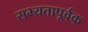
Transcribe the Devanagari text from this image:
सभ्यतापूर्वक